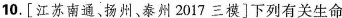
10.[江苏南通、扬州、泰州2017三模]下列有关生命